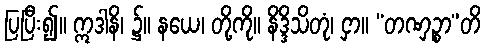
ပြပြီး၍။ ဣဒါနိ၊ ၌။ နယေ၊ တို့ကို။ နိဒ္ဒိသိတုံ၊ ငှာ။ “တဏှဉ္စာ”တိ